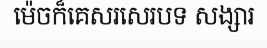
ម៉េចក៏គេសរសេរបទ សង្សារ